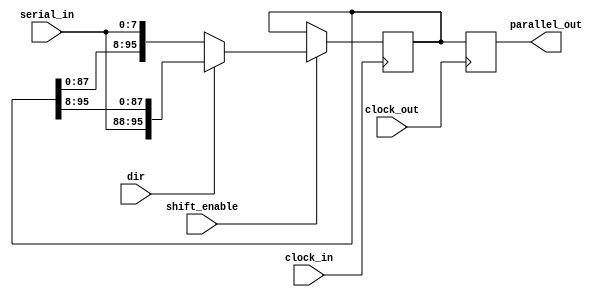
module multibit_serial_to_parallel_with_clk_convert_and_dirsel
#(
  parameter width=8,
  parameter SIZE = 12
  )
(
parallel_out, 
serial_in, 
shift_enable,
clock_in,
clock_out,
dir
);
 
   output [SIZE*width-1:0]    parallel_out;
   input       [width-1:0]         serial_in;
   input                shift_enable;
   input                clock_in;
   input						clock_out;
   input dir;
 
   reg [SIZE*width-1:0] parallel_out=0, parallel_out_raw=0;
 
   always @(posedge clock_in) 
	begin
      if (shift_enable)
       parallel_out_raw <= dir ? {serial_in,parallel_out_raw[SIZE*width-1:width]} :  {parallel_out_raw[SIZE*width-width-1:0],serial_in};
   end
 
   always @(posedge clock_out)
	   parallel_out <= parallel_out_raw;
		
endmodule